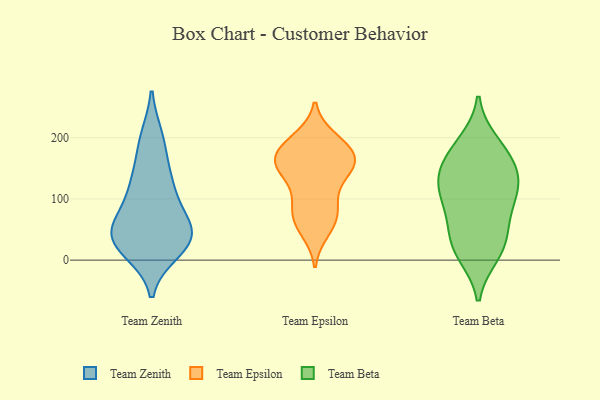
{"axis": {"x": "Production Output", "y": "Value"}, "legend": ["Team Beta", "Team Epsilon", "Team Zenith"], "data": [{"x": "", "y": 123, "type": "Team Zenith"}, {"x": "", "y": 31, "type": "Team Zenith"}, {"x": "", "y": 118, "type": "Team Zenith"}, {"x": "", "y": 29, "type": "Team Zenith"}, {"x": "", "y": 199, "type": "Team Zenith"}, {"x": "", "y": 56, "type": "Team Zenith"}, {"x": "", "y": 50, "type": "Team Zenith"}, {"x": "", "y": 16, "type": "Team Zenith"}, {"x": "", "y": 83, "type": "Team Zenith"}, {"x": "", "y": 33, "type": "Team Zenith"}, {"x": "", "y": 191, "type": "Team Zenith"}, {"x": "", "y": 51, "type": "Team Zenith"}, {"x": "", "y": 135, "type": "Team Zenith"}, {"x": "", "y": 33, "type": "Team Zenith"}, {"x": "", "y": 167, "type": "Team Epsilon"}, {"x": "", "y": 148, "type": "Team Epsilon"}, {"x": "", "y": 199, "type": "Team Epsilon"}, {"x": "", "y": 151, "type": "Team Epsilon"}, {"x": "", "y": 77, "type": "Team Epsilon"}, {"x": "", "y": 140, "type": "Team Epsilon"}, {"x": "", "y": 47, "type": "Team Epsilon"}, {"x": "", "y": 155, "type": "Team Epsilon"}, {"x": "", "y": 113, "type": "Team Epsilon"}, {"x": "", "y": 54, "type": "Team Epsilon"}, {"x": "", "y": 191, "type": "Team Epsilon"}, {"x": "", "y": 178, "type": "Team Epsilon"}, {"x": "", "y": 166, "type": "Team Epsilon"}, {"x": "", "y": 195, "type": "Team Epsilon"}, {"x": "", "y": 98, "type": "Team Epsilon"}, {"x": "", "y": 78, "type": "Team Epsilon"}, {"x": "", "y": 155, "type": "Team Epsilon"}, {"x": "", "y": 71, "type": "Team Epsilon"}, {"x": "", "y": 171, "type": "Team Epsilon"}, {"x": "", "y": 191, "type": "Team Beta"}, {"x": "", "y": 70, "type": "Team Beta"}, {"x": "", "y": 10, "type": "Team Beta"}, {"x": "", "y": 144, "type": "Team Beta"}, {"x": "", "y": 23, "type": "Team Beta"}, {"x": "", "y": 179, "type": "Team Beta"}, {"x": "", "y": 98, "type": "Team Beta"}, {"x": "", "y": 19, "type": "Team Beta"}, {"x": "", "y": 47, "type": "Team Beta"}, {"x": "", "y": 133, "type": "Team Beta"}, {"x": "", "y": 168, "type": "Team Beta"}, {"x": "", "y": 133, "type": "Team Beta"}, {"x": "", "y": 98, "type": "Team Beta"}, {"x": "", "y": 119, "type": "Team Beta"}]}